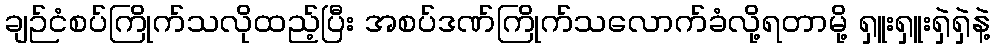
ချဉ်ငံစပ်ကြိုက်သလိုထည့်ပြီး အစပ်ဒဏ်ကြိုက်သလောက်ခံလို့ရတာမို့ ရှူးရှူးရှဲရှဲနဲ့